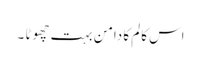
اس کالم کا دامن بہت چھوٹا ۔